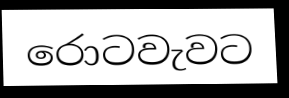
රොටවැවට